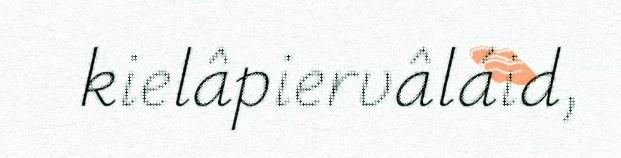
kielâpiervâláid,